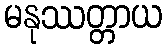
မနုဿတ္တာယ